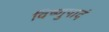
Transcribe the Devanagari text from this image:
विष्णुपादं